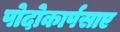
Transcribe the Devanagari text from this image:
पोदोकार्पसाए